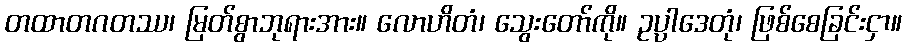
တထာတဂတဿ၊ မြတ်စွာဘုရားအား။ လောဟိတံ၊ သွေးတော်ကို။ ဥပ္ပါဒေတုံ၊ ဖြစ်စေခြင်းငှာ။